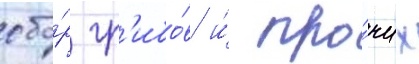
сбо́р гр'ибо́в и́ про́чих